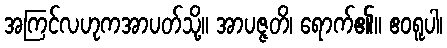
အကြင်လဟုကအာပတ်သို့။ အာပဇ္ဇတိ၊ ရောက်၏။ ဧဝရူပါ၊